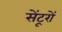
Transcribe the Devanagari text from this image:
सेंटूरों